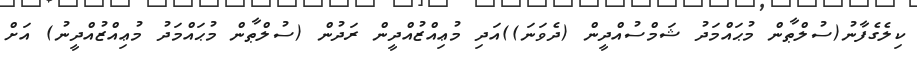
ކިލެގެފާނު(ސުލްޠާން މުޙައްމަދު ޝަމްސުއްދީން (ދެވަނަ))އަދި މުޢިއްޒުއްދީން ރަދުން (ސުލްޠާން މުޙައްމަދު މުޢިއްޒުއްދީނު) އަށް